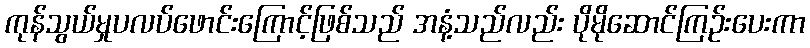
ကုန်သွယ်မှုပလပ်ဖောင်းကြောင့်ဖြစ်သည် အနံ့သည်လည်း ပိုမိုဆောင်ကြဉ်းပေးကာ